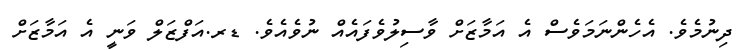
ދިނުމެވެ. އެހެންނަމަވެސް އެ އަމާޒަށް ވާސިލުވެފައެއް ނުވެއެވެ. ޑރ.އަފްޒަލް ވަނީ އެ އަމާޒަށް